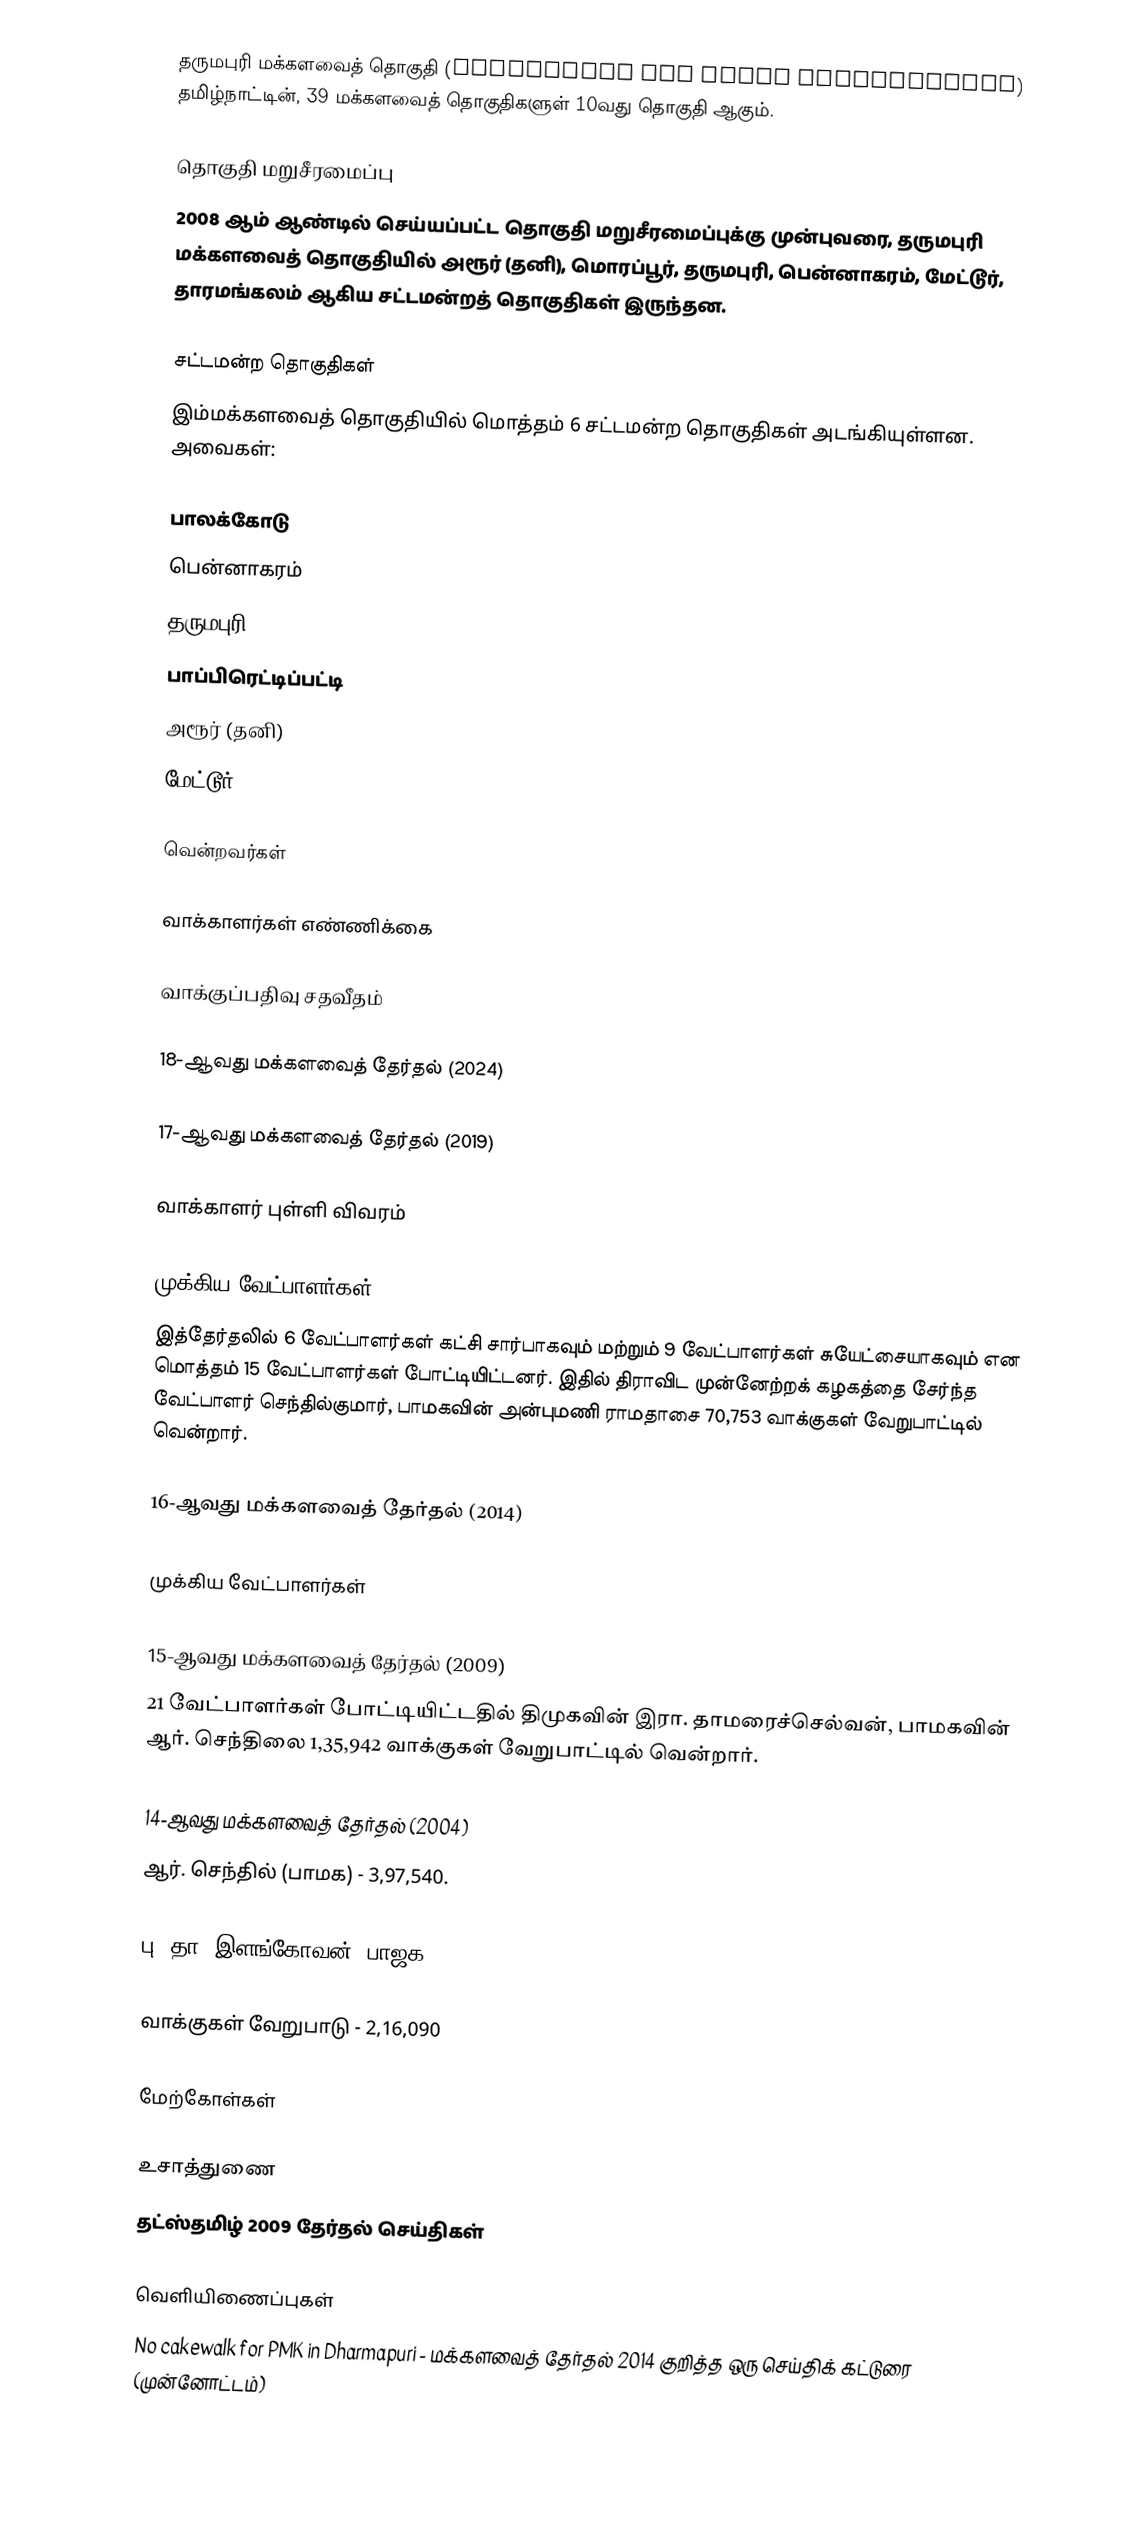
தருமபுரி மக்களவைத் தொகுதி (Dharmapuri Lok Sabha constituency) தமிழ்நாட்டின், 39 மக்களவைத் தொகுதிகளுள் 10வது தொகுதி ஆகும்.

தொகுதி மறுசீரமைப்பு
2008 ஆம் ஆண்டில் செய்யப்பட்ட தொகுதி மறுசீரமைப்புக்கு முன்புவரை, தருமபுரி மக்களவைத் தொகுதியில் அரூர் (தனி), மொரப்பூர், தருமபுரி, பென்னாகரம், மேட்டூர், தாரமங்கலம் ஆகிய சட்டமன்றத் தொகுதிகள் இருந்தன.

சட்டமன்ற தொகுதிகள்
இம்மக்களவைத் தொகுதியில் மொத்தம் 6 சட்டமன்ற தொகுதிகள் அடங்கியுள்ளன. அவைகள்:

 பாலக்கோடு
 பென்னாகரம்
 தருமபுரி
 பாப்பிரெட்டிப்பட்டி
 அரூர் (தனி)
 மேட்டூர்

வென்றவர்கள்

வாக்காளர்கள் எண்ணிக்கை

வாக்குப்பதிவு சதவீதம்

18-ஆவது மக்களவைத் தேர்தல் (2024)

17-ஆவது மக்களவைத் தேர்தல் (2019)

வாக்காளர் புள்ளி விவரம்

முக்கிய வேட்பாளர்கள்
இத்தேர்தலில் 6 வேட்பாளர்கள் கட்சி சார்பாகவும் மற்றும் 9 வேட்பாளர்கள் சுயேட்சையாகவும் என மொத்தம் 15 வேட்பாளர்கள் போட்டியிட்டனர். இதில் திராவிட முன்னேற்றக் கழகத்தை சேர்ந்த வேட்பாளர் செந்தில்குமார், பாமகவின் அன்புமணி ராமதாசை 70,753 வாக்குகள் வேறுபாட்டில் வென்றார்.

16-ஆவது மக்களவைத் தேர்தல் (2014)

முக்கிய வேட்பாளர்கள்

15-ஆவது மக்களவைத் தேர்தல் (2009)
21 வேட்பாளர்கள் போட்டியிட்டதில் திமுகவின் இரா. தாமரைச்செல்வன், பாமகவின் ஆர். செந்திலை 1,35,942 வாக்குகள் வேறுபாட்டில் வென்றார்.

14-ஆவது மக்களவைத் தேர்தல் (2004)
ஆர். செந்தில் (பாமக) - 3,97,540.

பு. தா. இளங்கோவன் (பாஜக) - 1,81,450.

வாக்குகள் வேறுபாடு - 2,16,090

மேற்கோள்கள்

உசாத்துணை
 தட்ஸ்தமிழ் 2009 தேர்தல் செய்திகள்

வெளியிணைப்புகள்
 No cakewalk for PMK in Dharmapuri - மக்களவைத் தேர்தல் 2014 குறித்த ஒரு செய்திக் கட்டுரை (முன்னோட்டம்)